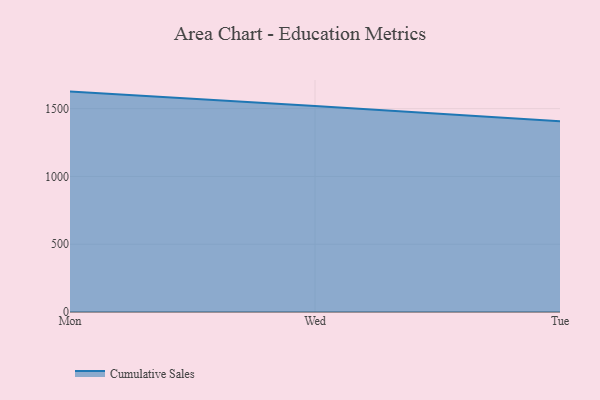
{"axis": {"x": "Day", "y": "Shipments"}, "legend": ["Cumulative Sales"], "data": [{"x": "Mon", "y": 1625.5, "type": "Cumulative Sales"}, {"x": "Wed", "y": 1520.2, "type": "Cumulative Sales"}, {"x": "Tue", "y": 1406.2, "type": "Cumulative Sales"}]}